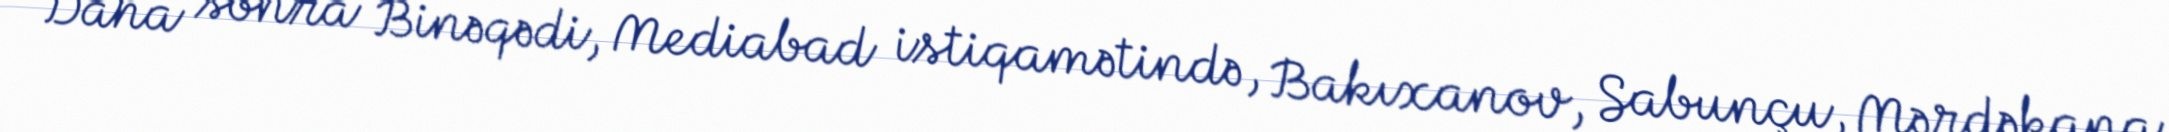
Daha sonra Binəqədi, Mediabad istiqamətində, Bakıxanov, Sabunçu, Mərdəkana